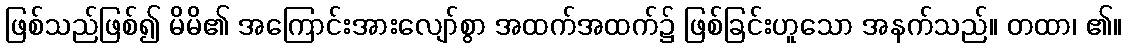
ဖြစ်သည်ဖြစ်၍ မိမိ၏ အကြောင်းအားလျော်စွာ အထက်အထက်၌ ဖြစ်ခြင်းဟူသော အနက်သည်။ တထာ၊ ၏။